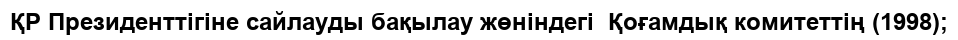
ҚР Президенттігіне сайлауды бақылау жөніндегі  Қоғамдық комитеттің (1998);